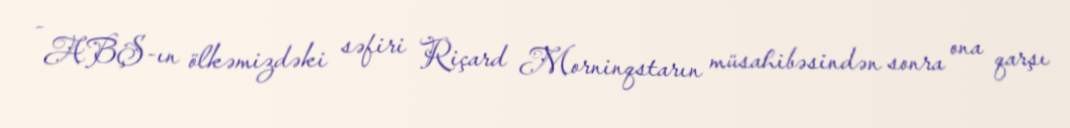
- ABŞ-ın ölkəmizdəki səfiri Riçard Morninqstarın müsahibəsindən sonra ona qarşı